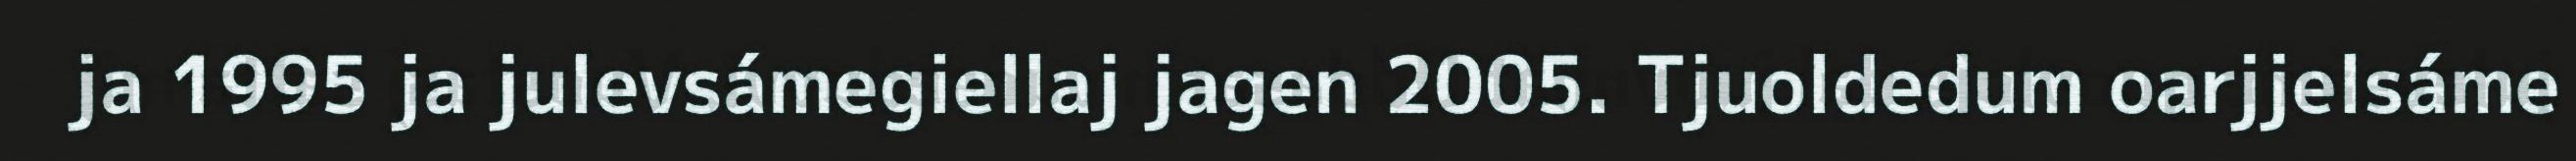
ja 1995 ja julevsámegiellaj jagen 2005. Tjuoldedum oarjjelsáme